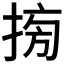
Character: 𢮔